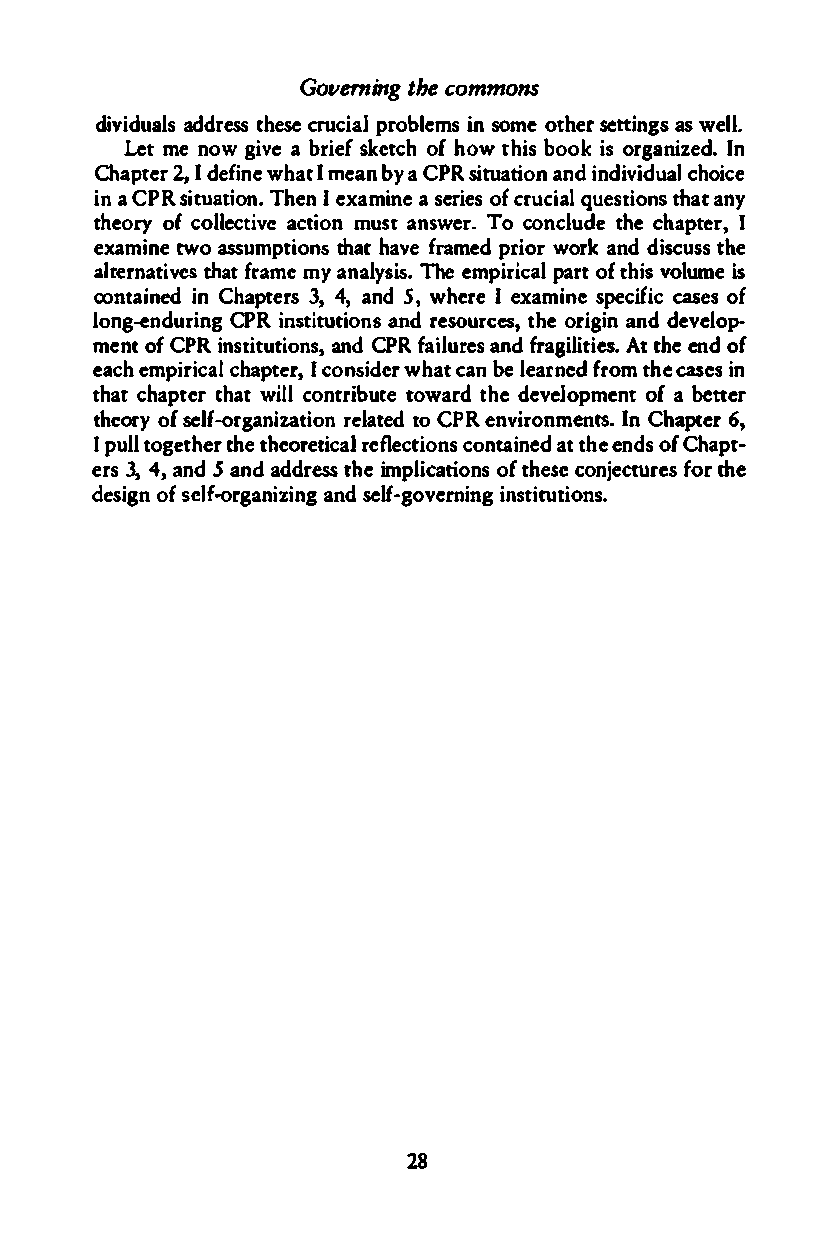
Governingt heco mmons
 dividaudadlrse ss ctruhceipsareolb lemsin someo thesre ttinagsws e ll.
 Letm en owg ivae b risekfe tocfhh owt his biosoo rkgn aizeIdn.
 Chapt2e,Ird eifnweh aItm eabny a C PRs ituatainodinn dvidiualc hoice
 in CaP Rs iatutoinT.h enIe xamians ee rioefcsr u cailq uestitohnaastn y
 theooryf c ollectaicviteo nm usatn wserT.o conclutdheec haptIe r,
 exaimntweo assumptsit ohnat have prfiroawomrre kda ndd sicutshse
 aletrntaiesv that fmrayam neal ysi.sT hee mpriicpaalr otft hisvo lumies
 conitenadi nC haptres3 ,4 , a5n,dw heer Ie xamine specicfasiecso f
 longn-deuirnCg PRi nsuttiitoannds r esourtcheeos r,i gainndd evelop­
 mento fC PRi nstituatnidCo PnRsf ,ai lrueansd fragilAittt ihesee.n do f
 eacehm piricchaaplt Iec orn,s dierw hacta nbe learnferdotm h ceas eisn
 thacth apttehraw ti lclo ntritbouwtaer tdh ede velopmoefan bte tter
 theoorfys elf-noirzatgiaorne lattoeC dP Re nvireonntsmI.n C hapt6e,r
 Ip ultlo getthheterh eorerteiflceaclt cioonntasid n aett heen dosfC hapt­
 er3s, 4 ,a nd S and addesrst hei mplicaotifot nhess ceo njecturfeostr h e
 desiogfns efl-orngiazgi annds elf-goviesnrtniiotunntgsi .
 28